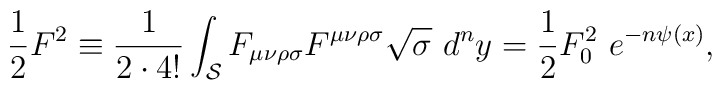
{1\over 2} F^2 \equiv {1\over 2\cdot 4!}\int_{{\cal S}}F_{\mu\nu\rho\sigma}F^{\mu\nu\rho\sigma} \sqrt{\sigma}\ d^n y= {1\over 2} F_0^2\ e^{-n\psi(x)},